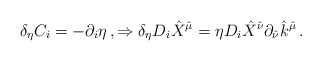
\begin{align*}\delta_{\eta}C_{i}=-\partial_{i}\eta\, ,\Rightarrow \delta_{\eta} D_{i}\hat{X}^{\hat{\mu}}=\eta D_{i}\hat{X}^{\hat{\nu}}\partial_{\hat{\nu}}\hat{k}^{\hat{\mu}}\, .\end{align*}